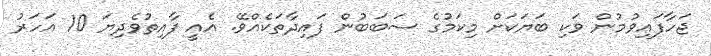
ޖަހާފައިވުމުން ވަކި ބަޔަކަށް މިކަމުގެ ސަބަބުން ފައިދާތަކެއްވޭ. އެއީ ފާއިތުވެދިޔަ 10 އަހަރު